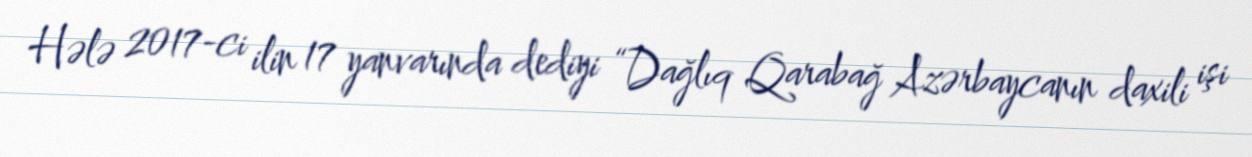
Hələ 2017-ci ilin 17 yanvarında dediyi “Dağlıq Qarabağ Azərbaycanın daxili işi